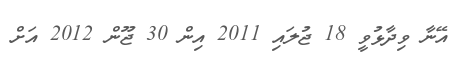
އޭނާ ވިދާޅުވީ 18 ޖުލައި 2011 އިން 30 ޖޫން 2012 އަށް